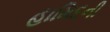
હામિદની